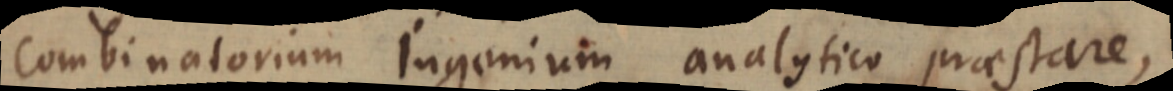
Combinatorium Ingenium analytico praestare,